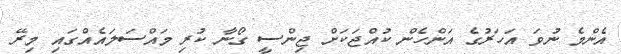
އެންމެ ނުވަ އަހަރުގެ އަންހެން ކުއްޖަކަށް ޖިންސީ ގޯނާ ކުރި މައްސަލައެއްގައި މިރޭ